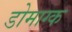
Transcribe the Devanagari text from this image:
डोमाग्क